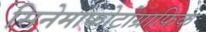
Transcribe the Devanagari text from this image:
सिनेमाफोटोग्राफिक